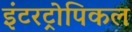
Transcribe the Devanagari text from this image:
इंटरट्रोपिकल